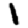
Digit: 1